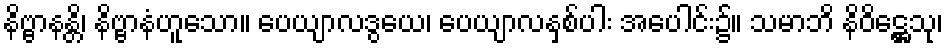
နိဗ္ဗာနန္တိ၊ နိဗ္ဗာနံဟူသော။ ပေယျာလဒွယေ၊ ပေယျာလနှစ်ပါး အပေါင်း၌။ သမာဘိ နိဝိဋ္ဌေသု၊